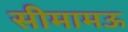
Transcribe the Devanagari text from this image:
सीमामऊ